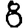
Digit: 8